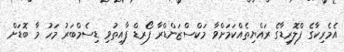
އެމެރިކާގެ ފްލޮރިޑާގެ ރައްޔިތެއްކަމަށްވާ މަކްސްޒަންޑްރާ ފޯރޑް ފާއިތުވި ޑިސެމްބަރު މަހު މާ ބޮޑަށް